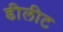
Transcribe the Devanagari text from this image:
डीलीट